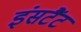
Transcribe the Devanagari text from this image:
इंसटैंट